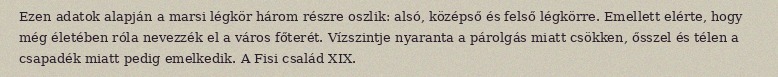
Ezen adatok alapján a marsi légkör három részre oszlik: alsó, középső és felső légkörre. Emellett elérte, hogy még életében róla nevezzék el a város főterét. Vízszintje nyaranta a párolgás miatt csökken, ősszel és télen a csapadék miatt pedig emelkedik. A Fisi család XIX.